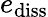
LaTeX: e_{\mathrm{diss}}